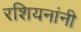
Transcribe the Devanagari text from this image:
रशियनांनी